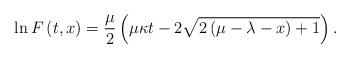
LaTeX: \begin{align*}\ln F\left( t,x\right) =\frac{\mu }{2}\left( \mu \kappa t-2\sqrt{2\left( \mu-\lambda -x\right) +1}\right) .\end{align*}